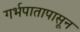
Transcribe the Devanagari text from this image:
गर्भपातापासून